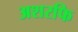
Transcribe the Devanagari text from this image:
अशरफि